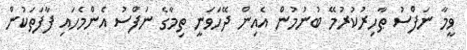
ވީމާ ނަފްސު ޠާހިރުކުރުމޭ ބުނުމުން އެއިން ދޭހަވަނީ ތިމާގެ ނަފްސު އެންމެހައި ފާފަތަކުން